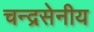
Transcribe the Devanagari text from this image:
चन्द्रसेनीय